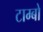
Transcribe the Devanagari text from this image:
टाम्‍बो